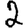
Digit: 2